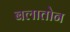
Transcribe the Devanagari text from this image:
बलातोन